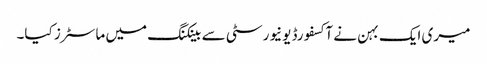
میری ایک بہن نے آکسفورڈ یونیورسٹی سے بینکنگ میں ماسٹرز کیا۔